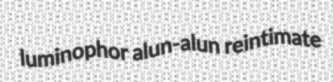
luminophor alun-alun reintimate